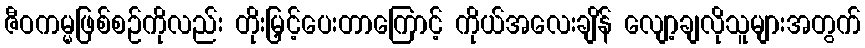
ဇီဝကမ္မဖြစ်စဉ်ကိုလည်း တိုးမြှင့်ပေးတာကြောင့် ကိုယ်အလေးချိန် လျော့ချလိုသူများအတွက်